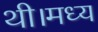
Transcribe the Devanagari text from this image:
थी।मध्य